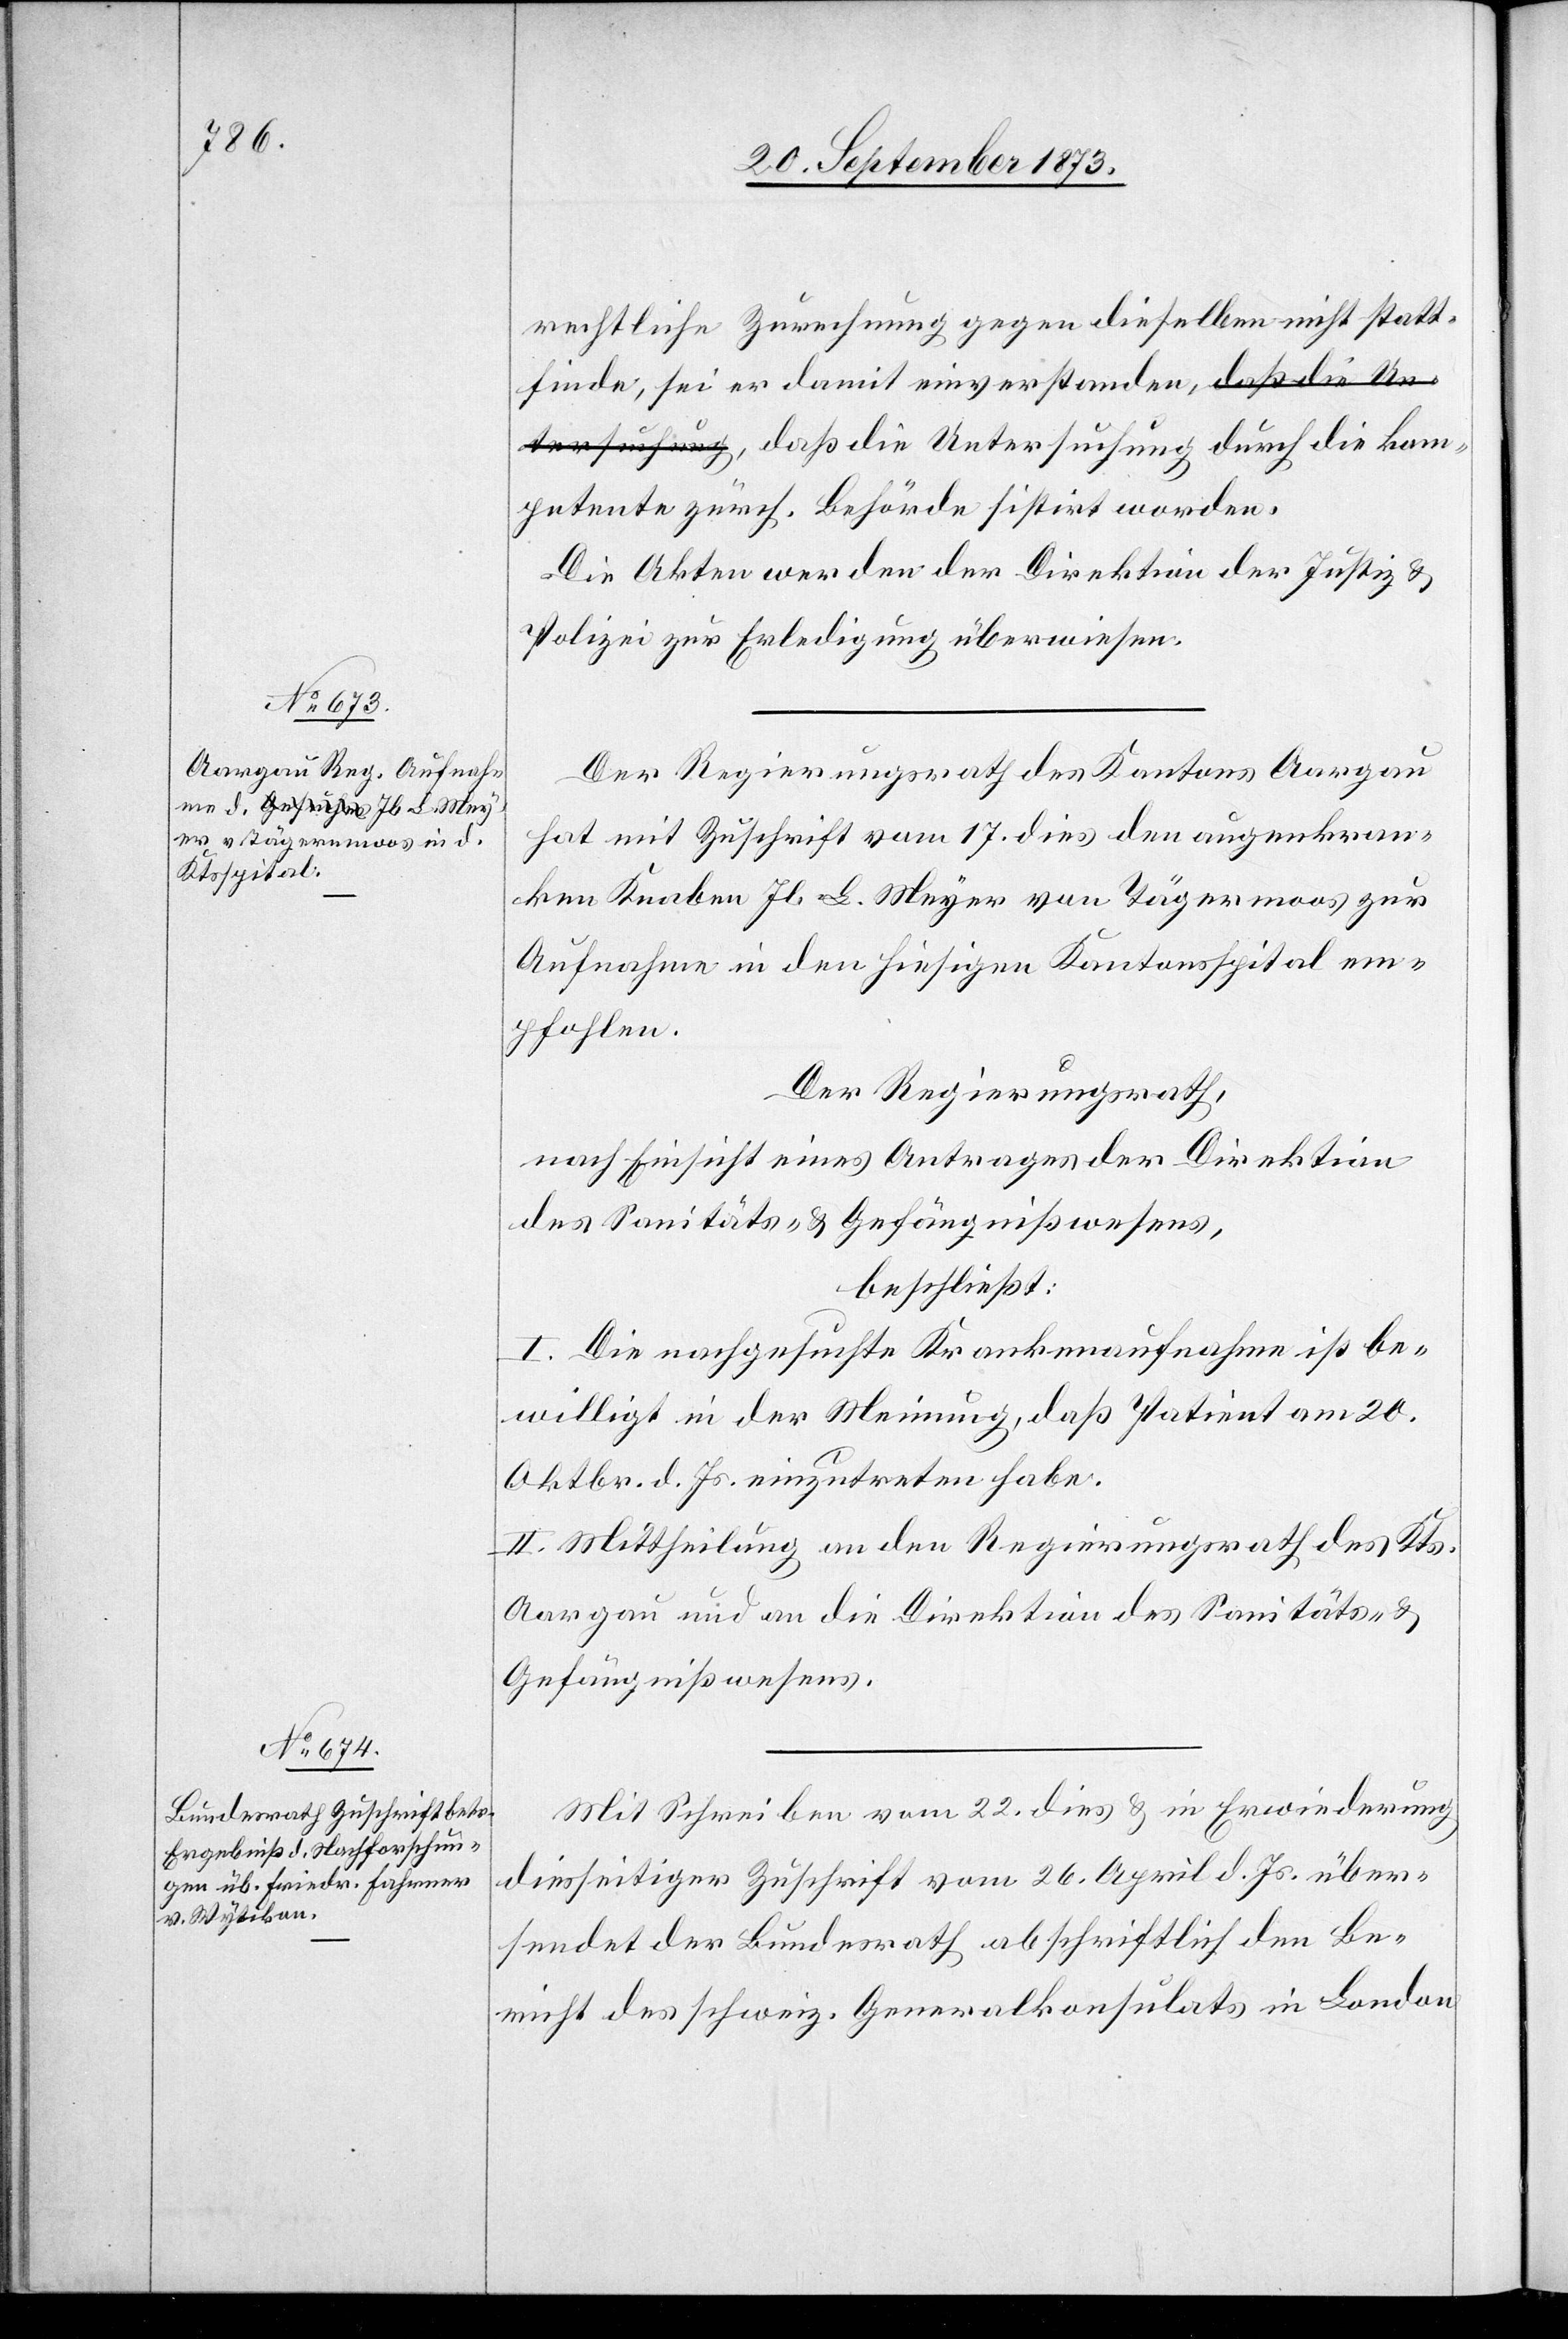
die kom¬

24. September 1873.]
rechtliche Zurechnung gegen dieselben nicht statt¬
finde, sei er damit einverstanden, daß die
petente zürch. Behörde sistirt worden.
Die Akten werden der Direktion der Justiz und
Polizei zur Erledigung überwiesen.
Der Regierungsrath des Kantons Aargau
hat mit Zuschrift vom 17. dies den augenkran¬
ken Knaben Jb. L. Meyer von Tägermoos [sic!] zur
Aufnahme in den hiesigen Kantonsspital em¬
pfohlen.
Der Regierungsrath,
nach Einsicht eines Antrages der Direktion
des Sanitäts- & Gefängnißwesens,
beschließt:
I. Die nachgesuchte Krankenaufnahme ist be¬
willigt in der Meinung, daß Patient am 20.
Oktbr. d. Js. einzutreten habe.
II. Mittheilung an den Regierungsrath des Kts.
Aargau und an die Direktion des Sanitäts- &
Gefängnißwesens.
Mit Schreiben vom 22. dies & in Erwiederung
diesseitiger Zuschrift vom 26. April d. Js. über¬
sendet der Bundesrath abschriftlich den Be¬
richt des schweiz. Generalkonsulats in London